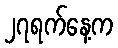
၂၇ရက်နေ့က